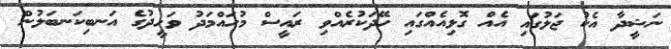
ނަޝީދާ އެކު ޖަލުގައި އެއް ގޮޅިއެއްގައި ހޭދަކުރެއްވި ރައީސް މުހައްމަދު ވަހީދުގެ އަނބިކަނބަލުން